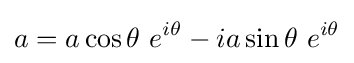
a=a\cos \theta \ e^{i\theta }-ia\sin \theta \ e^{i\theta }